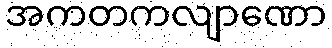
အကတကလျာဏော